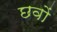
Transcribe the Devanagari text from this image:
छवों